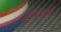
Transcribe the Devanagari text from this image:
मुनयोऽपि